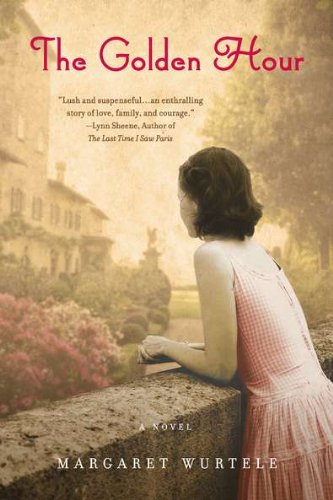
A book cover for The Golden Hour; Margaret Wurtele; Romance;